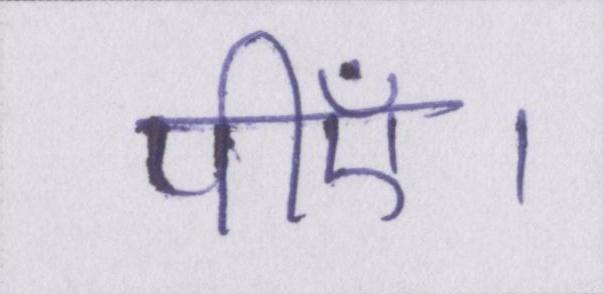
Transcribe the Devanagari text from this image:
पीएँ।